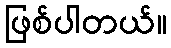
ဖြစ်ပါတယ်။